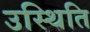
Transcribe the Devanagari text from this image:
उस्थिति